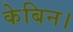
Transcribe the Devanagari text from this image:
केबिन।